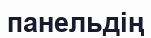
панельдің